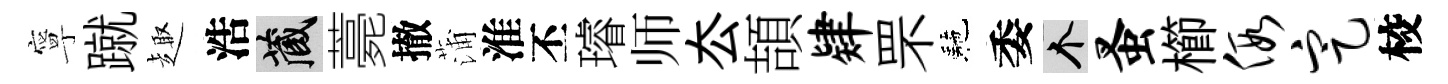
寧蹴趣浩藏薧撤蒲淮丕璿师厺頡肄罘駰委个蚤櫛假定校